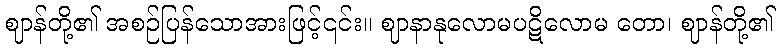
ဈာန်တို့၏ အစဉ်ပြန်သောအားဖြင့်၎င်း။ ဈာနာနုလောမပဋိလောမ တော၊ ဈာန်တို့၏